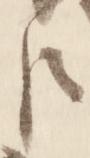
臣